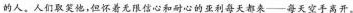
的人。人们取笑他，但怀着无限信心和耐心的亚利每天都来——每天空手离开。